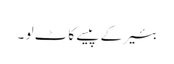
بئیر کے پیسے کاٹ لو ۔